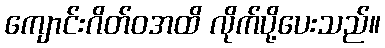
ကျောင်းဂိတ်ဝအထိ လိုက်ပို့ပေးသည်။